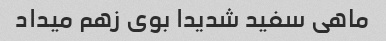
ماهی سفید شدیدا‌ بوی زهم میداد